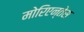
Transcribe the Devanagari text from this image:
मोरिएन्तेस